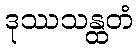
ဒုဿသန္ထတံ